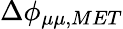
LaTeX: \Delta\phi_{\mu\mu,MET}